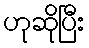
ဟုဆိုပြီး